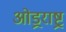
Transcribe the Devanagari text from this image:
ओड्रराष्ट्र